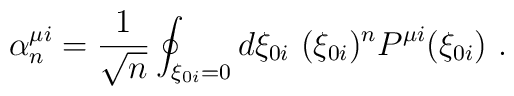
\alpha _n^{\mu i}=\frac{1}{\sqrt{n}}\oint _{\xi _{0i}=0}d\xi _{0i}\ (\xi _{0i})^nP^{\mu i}(\xi _{0i})\ .